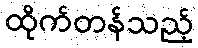
ထိုက်တန်သည့်